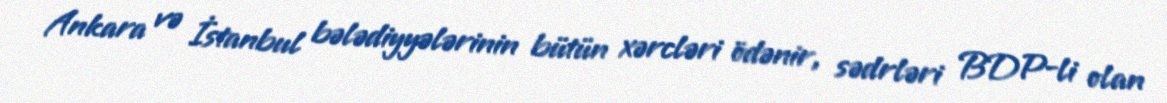
Ankara və İstanbul bələdiyyələrinin bütün xərcləri ödənir, sədrləri BDP-li olan